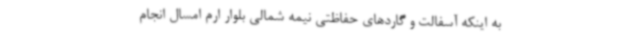
به اینکه آسفالت و گاردهای حفاظتی نیمه شمالی بلوار ارم امسال انجام